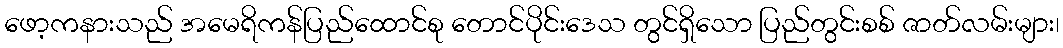
ဖော့ကနားသည် အမေရိကန်ပြည်ထောင်စု တောင်ပိုင်းဒေသ တွင်ရှိသော ပြည်တွင်းစစ် ဇာတ်လမ်းများ၊